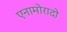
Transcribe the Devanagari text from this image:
एनामोरादो